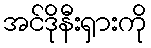
အင်ဒိုနီးရှားကို